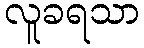
လူခရသာ